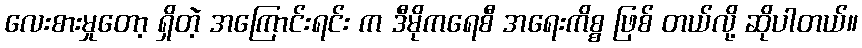
လေးစားမှုတော့ ရှိတဲ့ အကြောင်းရင်း က ဒီမိုကရေစီ အရေးကိစ္စ ဖြစ် တယ်လို့ ဆိုပါတယ်။